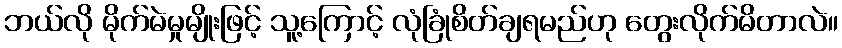
ဘယ်လို မိုက်မဲမှုမျိုးဖြင့် သူ့ကြောင့် လုံခြုံစိတ်ချရမည်ဟု တွေးလိုက်မိတာလဲ။